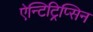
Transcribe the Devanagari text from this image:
ऐन्टिट्रिप्सिन